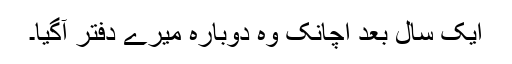
ایک سال بعد اچانک وہ دوبارہ میرے دفتر آگیا۔